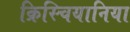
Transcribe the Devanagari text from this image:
क्रिस्चियानिया